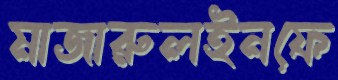
মাজারুলইনফে